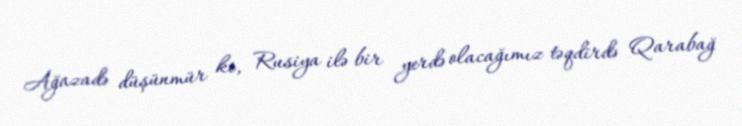
Ağazadə düşünmür ki, Rusiya ilə bir yerdə olacağımız təqdirdə Qarabağ